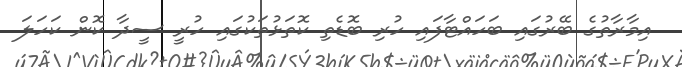
އިމާރާތުގެ ބޭރުގައި ބަހައްޓާފައި ހުރި ބޮޑެތި ކޮތަޅުތަކުގައި ހުރީ ސީދާ ކޮން ކަހަލަ